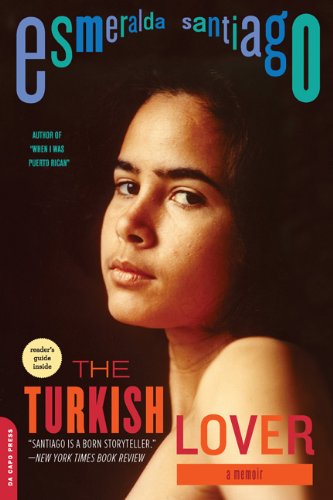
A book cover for The Turkish Lover: A Memoir (A Merloyd Lawrence Book); Esmeralda Santiago; Biographies & Memoirs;